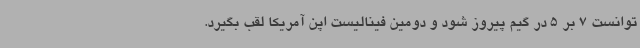
توانست 7 بر 5 در گیم پیروز شود و دومین فینالیست اپن آمریکا لقب بگیرد.